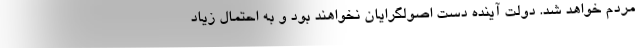
مردم خواهد شد. دولت آینده دست اصولگرایان نخواهند بود و به احتمال زیاد